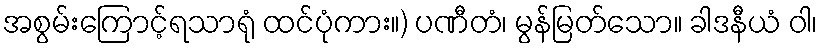
အစွမ်းကြောင့်ရသာရုံ ထင်ပုံကား။) ပဏီတံ၊ မွန်မြတ်သော။ ခါဒနီယံ ဝါ၊